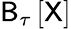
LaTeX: \mathsf{B}_{\tau}\left[\mathsf{X}\right]